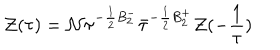
{ \cal { Z } } ( \tau { } ) = { \cal N } \tau ^ { - \frac { 1 } { 2 } B _ { 2 } ^ { - } } \bar { \tau } ^ { - \frac { 1 } { 2 } B _ { 2 } ^ { + } } { \cal { Z } } ( - \frac { 1 } { \tau } )